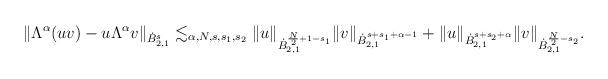
LaTeX: \begin{align*}\begin{aligned} \Vert \Lambda^{\alpha}(uv)- u\Lambda^{\alpha}v \Vert_{\dot{B}^{s}_{2,1}} \lesssim_{\alpha,N,s,s_1,s_2} \Vert u \Vert_{\dot{B}^{\frac{N}{2}+1-s_1}_{2,1}} \Vert v \Vert_{\dot{B}^{s+s_1+\alpha-1}_{2,1}} +\Vert u \Vert_{\dot{B}^{s+s_2+\alpha}_{2,1}} \Vert v \Vert_{\dot{B}^{\frac{N}{2}-s_2}_{2,1}}.\end{aligned}\end{align*}